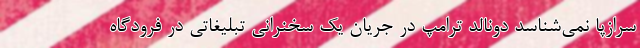
سرازپا نمی‌شناسد دونالد ترامپ در جریان یک سخنرانی تبلیغاتی در فرودگاه